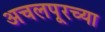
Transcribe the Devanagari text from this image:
अचलपूरच्या